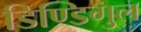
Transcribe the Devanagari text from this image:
डिण्डिगुल